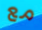
مع